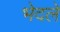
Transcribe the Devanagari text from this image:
भेदले